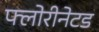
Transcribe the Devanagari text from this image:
फ्लोरीनेटड